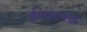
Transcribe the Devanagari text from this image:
ईश्र्वरभक्त